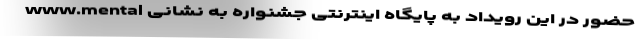
حضور در این رویداد به پایگاه اینترنتی جشنواره به نشانی www.mental